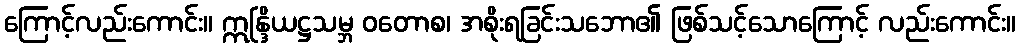
ကြောင့်လည်းကောင်း။ ဣန္ဒြိယဋ္ဌသမ္ဘ ဝတောစ၊ အစိုးရခြင်းသဘော၏ ဖြစ်သင့်သောကြောင့် လည်းကောင်း။